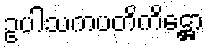
ဥပါသကပတိကိဋ္ဌော